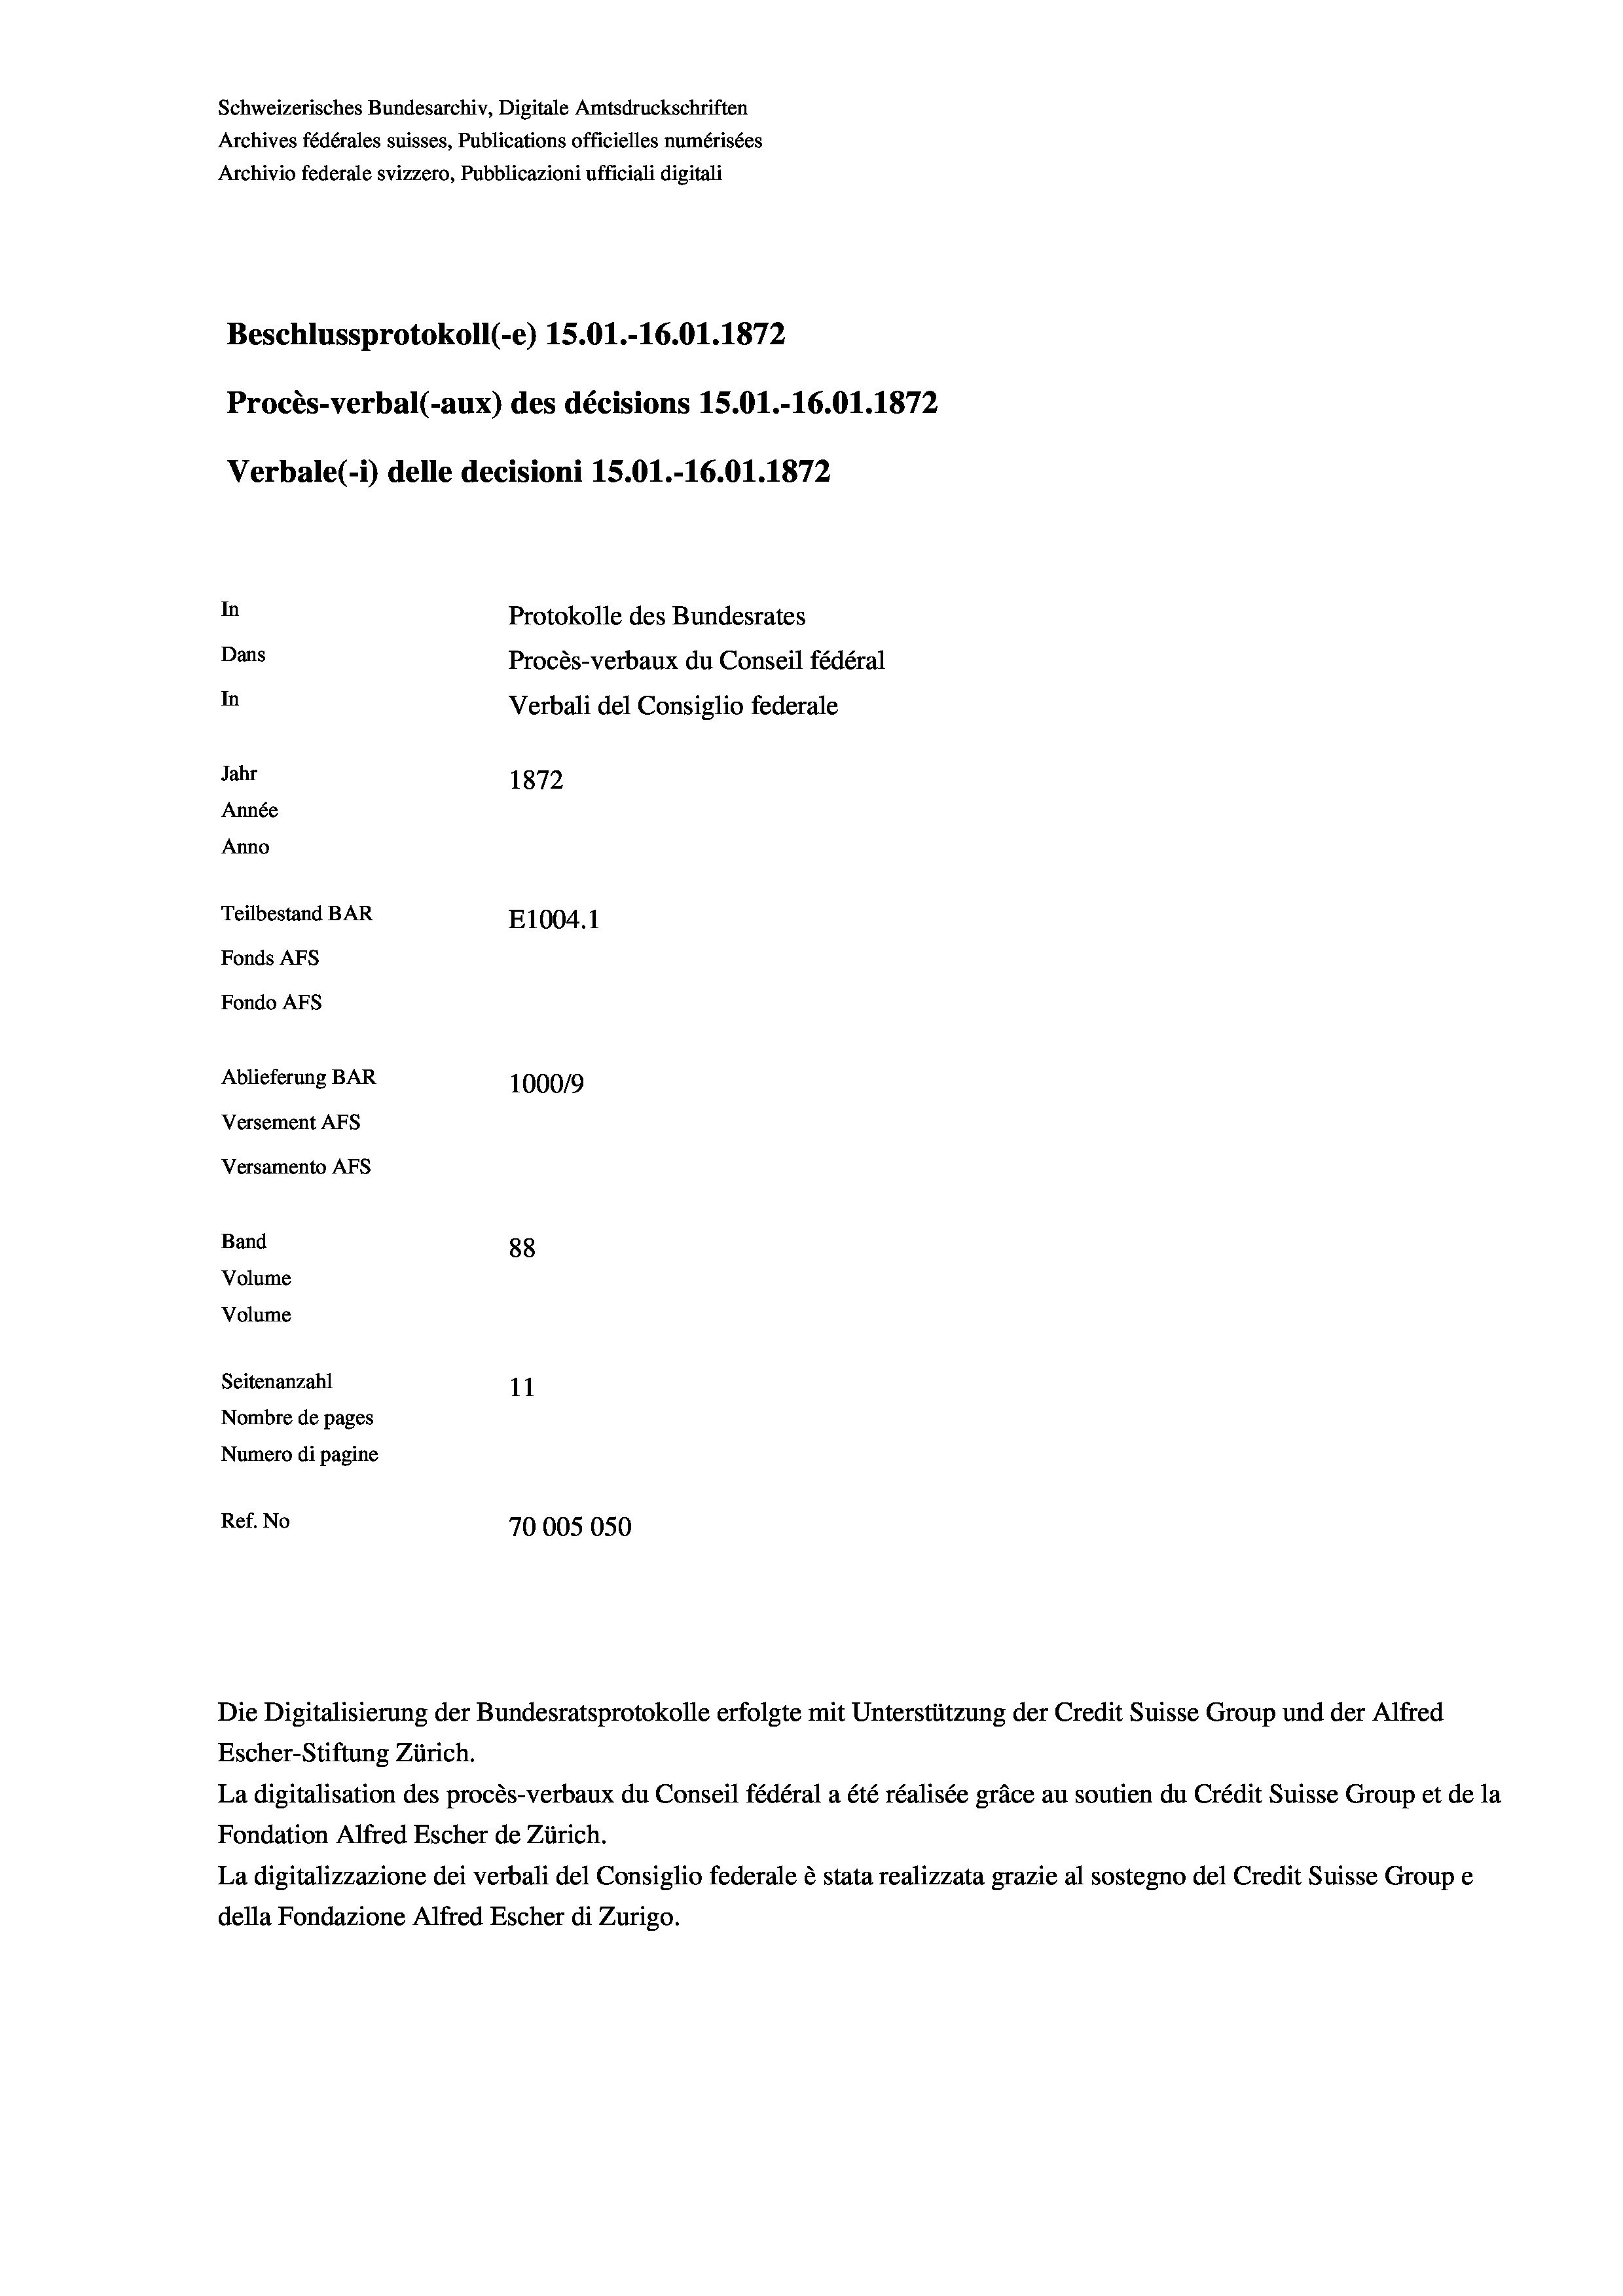
Schweizerisches Bundesarchiv, Digitale Amtsdruckschriften
Archives fédérales suisses, Publications officielles numérisées
Archivio federale svizzero, Pubblicazioni ufficiali digitali
Beschlussprotokoll (-e) 15.01.-16.01. 1872
Procès-verbal (-aux) des décisions 15.01.-16.01. 1872
Verbale(-*) delle decisioni 15.01.-16.01. 1872
In
Protokolle des Bundesrates
Dans
Procès-verbaux du Conseil fédéral
In
Verbali del Consiglio federale
Jahr
1872
Année
Anno
Teilbestand BAR
E1004. 1
Fonds AFs
Fondo AFs
Ablieferung BAR
100019
Versement As
Versamento AFs
Band
88
Volume
Volume
Seitenanzahl
11
Nombre de pages
Numero di pagine
Ref. No
70005050

Die Digitalisierung der Bundesratsprotokolle erfolgte mit Unterstützung der Credit Suisse Group und der Alfred
Escher-Stiftung Zürich.
La digitalisation des procès-verbaux du Conseil fédéral a été réalisée gräce au soutien du Crédit Suisse Group et de la
Fondation Alfred Escher de Zürich.
La digitalizzazione dei verbali del Consiglio federale è stata realizzata grazie al sostegno del Credit Suisse Groupe
della Fondazione Alfred Escher di Zurigo.